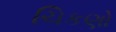
ચિકણો